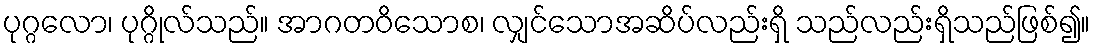
ပုဂ္ဂလော၊ ပုဂ္ဂိုလ်သည်။ အာဂတဝိသောစ၊ လျှင်သောအဆိပ်လည်းရှိ သည်လည်းရှိသည်ဖြစ်၍။